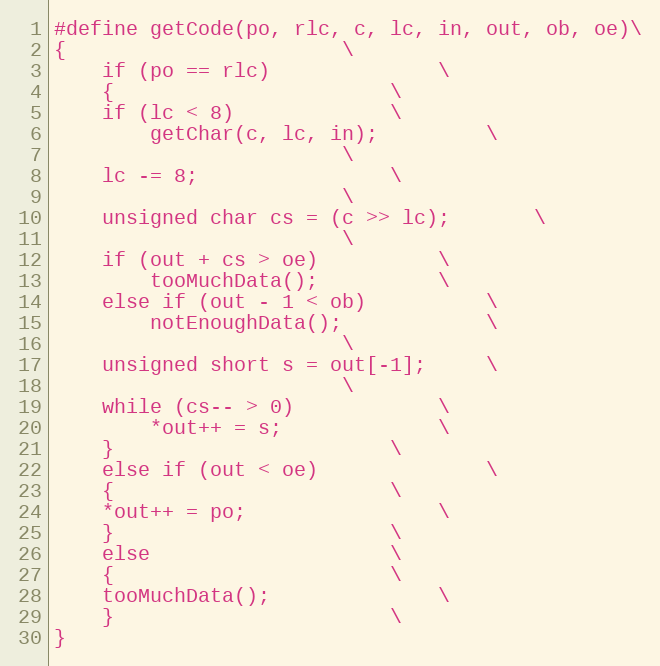
Language: C++
#define getCode(po, rlc, c, lc, in, out, ob, oe)\
{						\
    if (po == rlc)				\
    {						\
	if (lc < 8)				\
	    getChar(c, lc, in);			\
						\
	lc -= 8;				\
						\
	unsigned char cs = (c >> lc);		\
						\
	if (out + cs > oe)			\
	    tooMuchData();			\
	else if (out - 1 < ob)			\
	    notEnoughData();			\
						\
	unsigned short s = out[-1];		\
						\
	while (cs-- > 0)			\
	    *out++ = s;				\
    }						\
    else if (out < oe)				\
    {						\
	*out++ = po;				\
    }						\
    else					\
    {						\
	tooMuchData();				\
    }						\
}